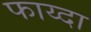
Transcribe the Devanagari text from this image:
फाय्दा